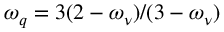
\omega _ { q } = 3 ( 2 - \omega _ { \nu } ) / ( 3 - \omega _ { \nu } )